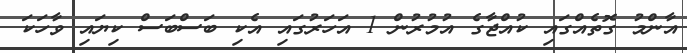
އާންމު ގޮތެއްގައި ކުއްޖާގެ އުމުރުން 1 އަހަރުގައި އެކި ބަސްބަސް ކިޔައި ވާހަކަ